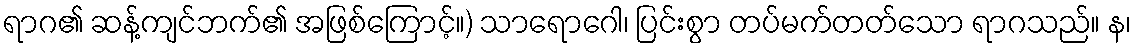
ရာဂ၏ ဆန့်ကျင်ဘက်၏ အဖြစ်ကြောင့်။) သာရောဂေါ၊ ပြင်းစွာ တပ်မက်တတ်သော ရာဂသည်။ န၊